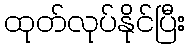
ထုတ်လုပ်နိုင်ပြီး